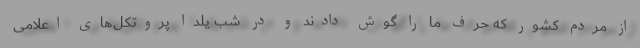
از مردم کشور که حرف ما را گوش دادند و در شب یلدا پروتکل‌های اعلامی